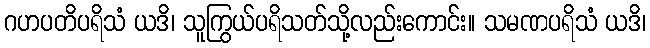
ဂဟပတိပရိသံ ယဒိ၊ သူကြွယ်ပရိသတ်သို့လည်းကောင်း။ သမဏပရိသံ ယဒိ၊